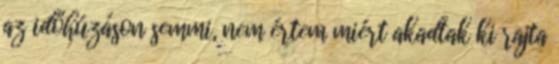
az időhúzáson semmi, nem értem miért akadtak ki rajta